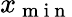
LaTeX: x_{\mathrm{~m~i~n~}}